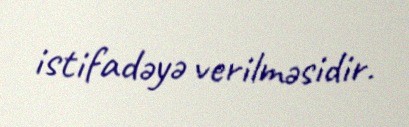
istifadəyə verilməsidir.